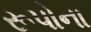
રૂપોના